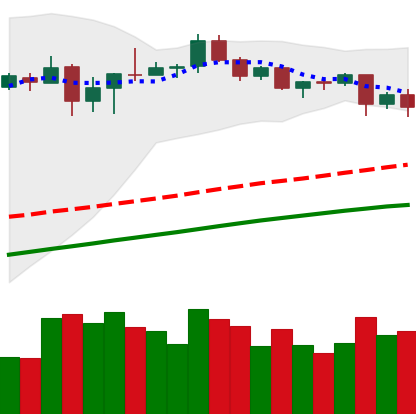
Ticker: BTC-USD
Chart end date: 2020-08-27
Forward return: 5.714%
Label: up_5_7